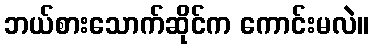
ဘယ်စားသောက်ဆိုင်က ကောင်းမလဲ။